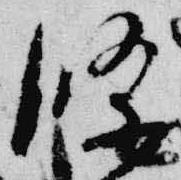
條